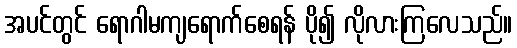
အပင်တွင် ရောဂါမကျရောက်စေရန် ပို၍ လိုလားကြလေသည်။